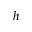
h